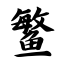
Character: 鳘